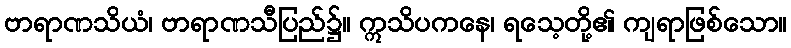
ဗာရာဏသိယံ၊ ဗာရာဏသီပြည်၌။ ဣသိပကနေ၊ ရသေ့တို့၏ ကျရာဖြစ်သော။